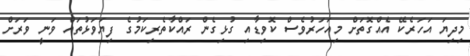
މިދިޔަ އަހަރެކޭ އެއްގޮތަށް މިއަހަރުވެސް ކޮވިޑާއި ގުޅިގެން ރައްކާތެރިކަމުގެ ފިޔަވަޅުތައް ވަނީ ވަރަށް